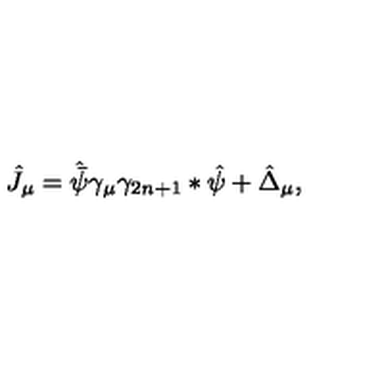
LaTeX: \hat { J } _ { \mu } = \hat { \bar { \psi } } \gamma _ { \mu } \gamma _ { 2 n + 1 } * \hat { \psi } + \hat { \Delta } _ { \mu } ,